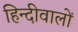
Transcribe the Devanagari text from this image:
हिन्दीवालों